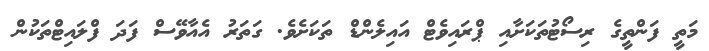
މަތީ ފަންތީގެ ރިސޯޓުތަކަށާއި ޕްރައިވެޓް އައިލެންޑް ތަކަށެވެ. ގަތަރު އެއާވޭސް ފަދަ ފްލައިޓްތަކުން